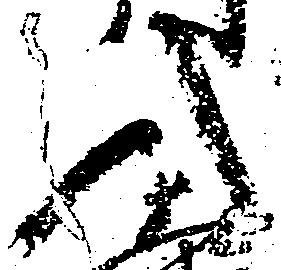
入